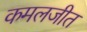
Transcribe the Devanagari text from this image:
कमलजीत